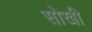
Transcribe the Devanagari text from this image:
सोखी